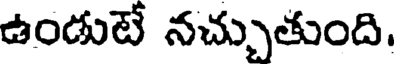
ఉండుటే నచ్చుతుంది.